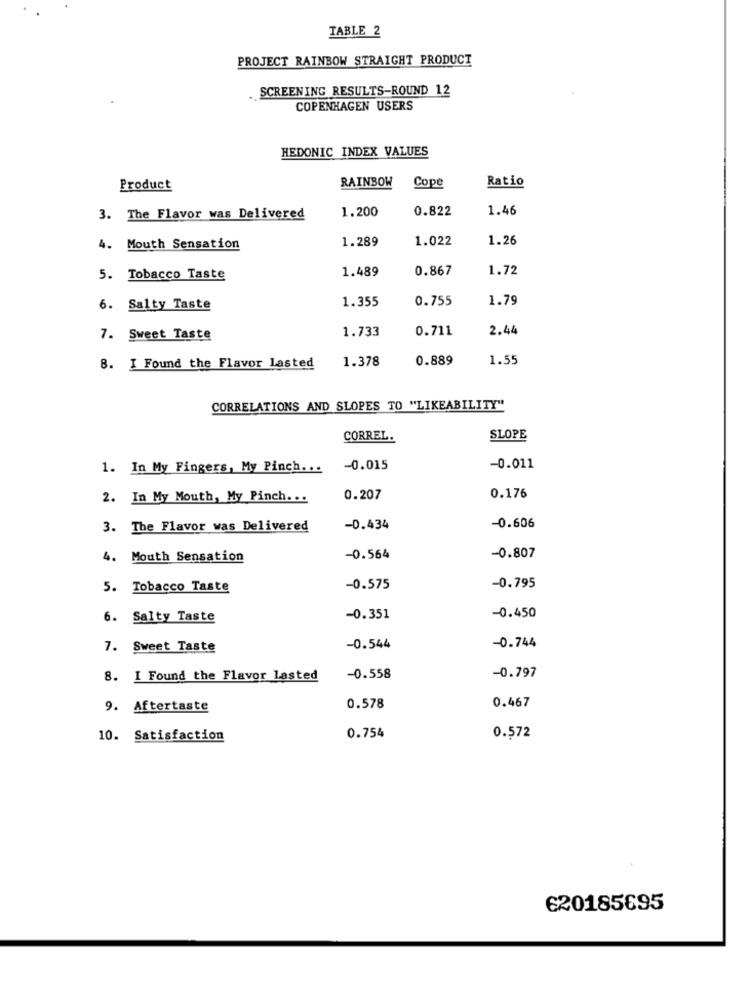
TABLE 2
PROJECT RAINBOW STRAIGHT PRODUCT
SCREENING RESULTS-ROUND 12
COPENHAGEN USERS
HEDONIC INDEX VALUES
RAINBOW
Ratio
Product
Cope
1.200
0.822
1.46
3. The Flavor was Delivered
1.289
1.022
1.26
4. Mouth Sensation
1.489
0.867
1.72
5. Tobacco Taste
1.355
0.755
1.79
6. Salty Taste
1.733
0.711
2.44
7. Sweet Taste
1.378
0.889
1.55
8. I Found the Flavor Lasted
CORRELATIONS AND SLOPES TO "LIKEABILITY"
CORREL.
SLOPE
1. In My Fingers, My Pinch ...
-0.015
-0.011
2. In My Mouth, My Pinch. ..
0.207
0.176
3. The Flavor was Delivered
-0.434
-0.606
4. Mouth Sensation
-0.564
-0.807
5. Tobacco Taste
-0.575
-0.795
6. Salty Taste
-0.351
-0.450
7. Sweet Taste
-0.544
-0.744
8. I Found the Flavor Lasted
-0.558
-0.797
9. Aftertaste
0.578
0.467
10. Satisfaction
0.754
0.572
620185695